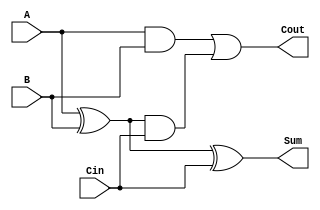
module TreeStructuredFullAdder (
    input wire A,      // First significant bit
    input wire B,      // Second significant bit
    input wire Cin,    // Carry-in bit
    output wire Sum,   // Sum output
    output wire Cout   // Carry-out output
);

// Internal wires for half adder outputs
wire S1;   // Intermediate sum from Half Adder 1
wire C1;   // Intermediate carry from Half Adder 1
wire C2;   // Intermediate carry from Half Adder 2

// Half Adder 1
assign S1 = A ^ B;  // Sum output of Half Adder 1
assign C1 = A & B;  // Carry output of Half Adder 1

// Half Adder 2
assign Sum = S1 ^ Cin;  // Final sum output
assign C2 = S1 & Cin;   // Carry output of Half Adder 2

// Final Carry-out
assign Cout = C1 | C2;  // Combine carries to produce final carry-out

endmodule